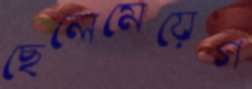
ছেলেমেয়েগ